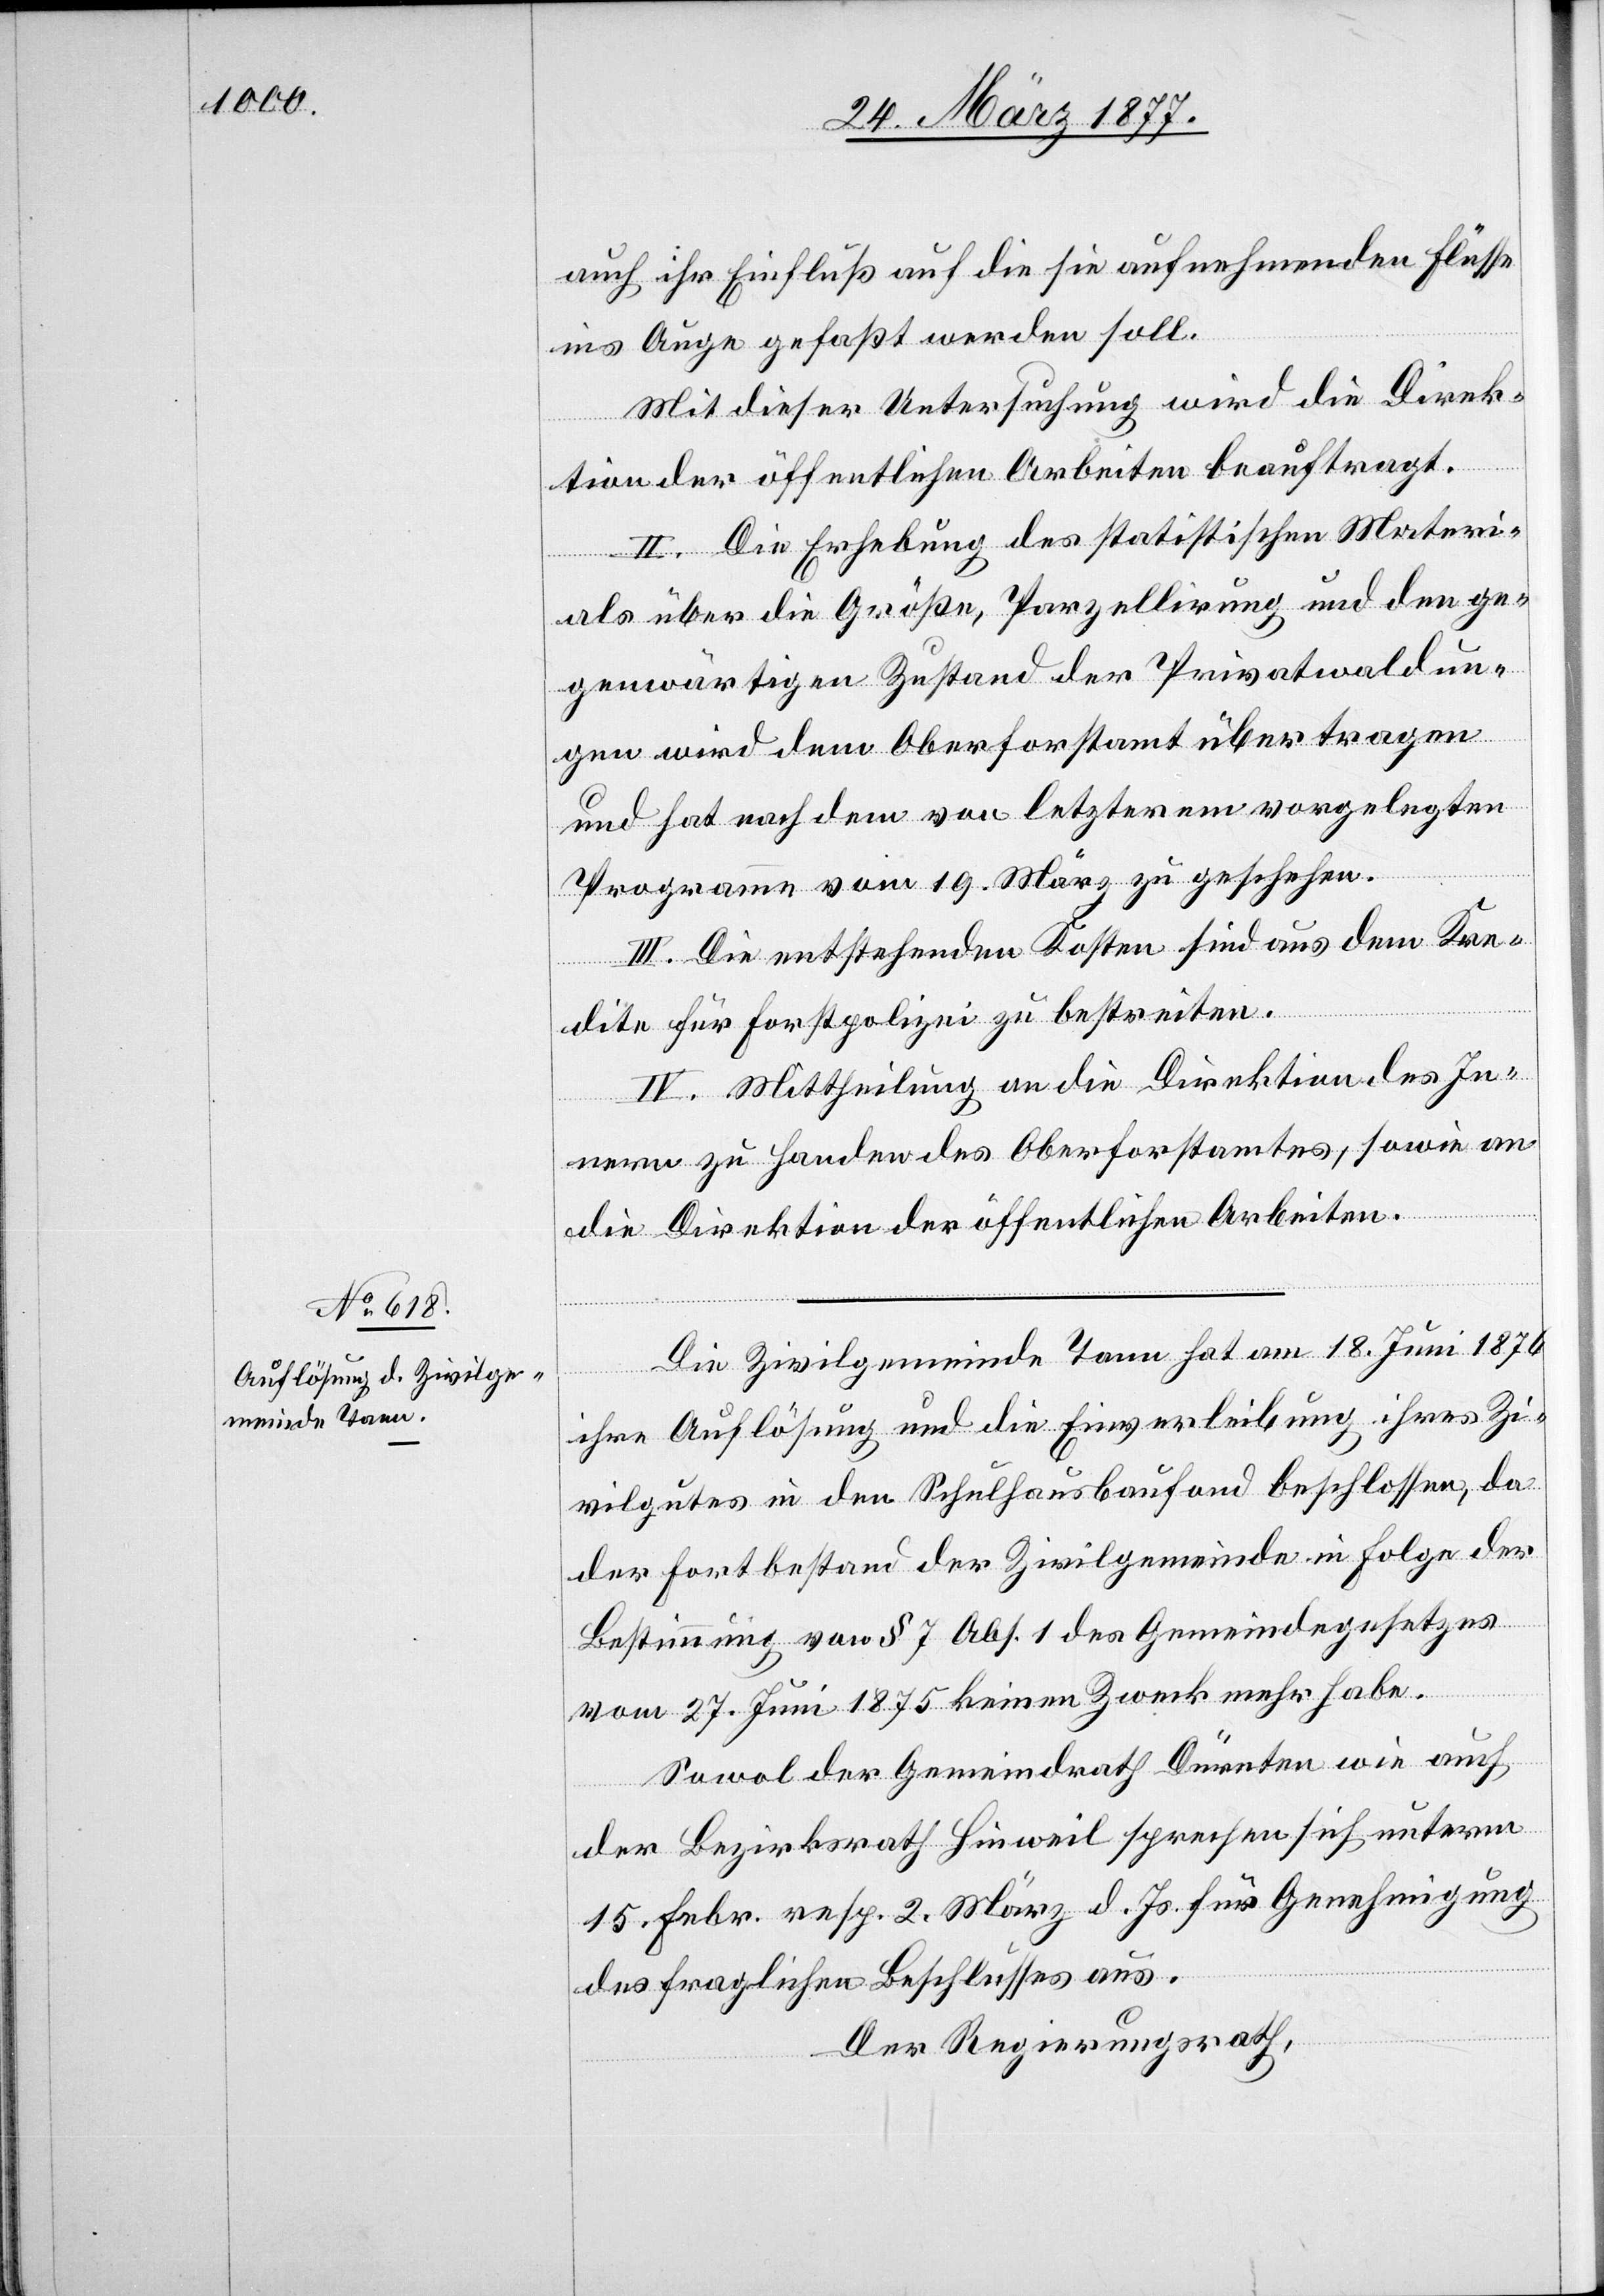
auch ihr Einfluß auf die sie aufnehmenden Flüsse
ins Auge gefaßt werden soll.
Mit dieser Untersuchung wird die Direk¬
tion der öffentlichen Arbeiten beauftragt.
II. Die Erhebung des statistischen Materi¬
als über die Größe, Parzellirung und den ge¬
genwärtigen Zustand der Privatwaldun¬
gen wird dem Oberforstamt übertragen
und hat nach dem von letzterem vorgelegten
Programme vom 19. März zu geschehen.
III. Die entstehenden Kosten sind aus dem Kre¬
dite für Forstpolizei zu bestreiten.
IV. Mittheilung an die Direktion des In¬
nern zu Handen des Oberforstamtes, sowie an
die Direktion der öffentlichen Arbeiten.
Die Zivilgemeinde Tann hat am 18. Juni 1876
ihre Auflösung und die Einverleibung ihres Zi¬
vilgutes in den Schulhausbaufond beschlossen, da
der Fortbestand der Zivilgemeinde in Folge der
Bestimmung von § 7 Abs. 1 des Gemeindegesetzes
vom 27. Juni 1875 keinen Zweck mehr habe.
Sowol der Gemeindrath Dürnten wie auch
der Bezirksrath Hinweil sprechen sich unterm
15. Febr. resp. 2. März d. Js. für Genehmigung
des fraglichen Beschlusses aus.
Der Regierungsrath,